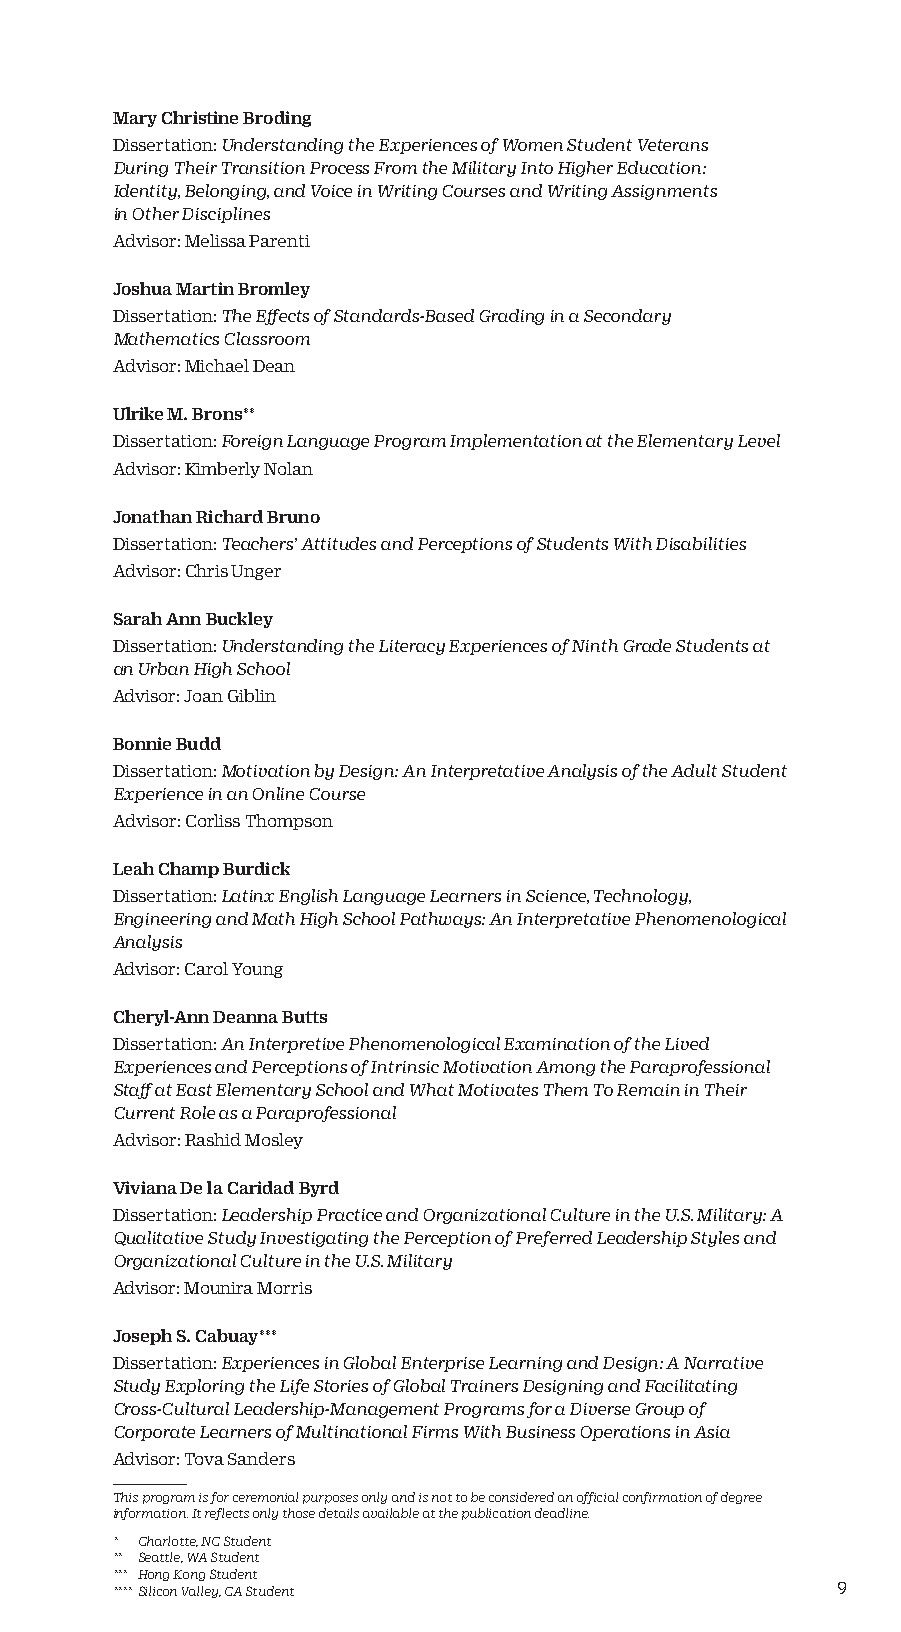
Mary Christine Broding
 Dissertation: Understanding the Experiences of Women Student Veterans
 During Their Transition Process From the Military Into Higher Education:
 Identity, Belonging, and Voice in Writing Courses and Writing Assignments
 in Other Disciplines
 Advisor: Melissa Parenti
 Joshua Martin Bromley
 Dissertation: The Effects of Standards-Based Grading in a Secondary
 Mathematics Classroom
 Advisor: Michael Dean
 Ulrike M. Brons**
 Dissertation: Foreign Language Program Implementation at the Elementary Level
 Advisor: Kimberly Nolan
 Jonathan Richard Bruno
 Dissertation: Teachers’ Attitudes and Perceptions of Students With Disabilities
 Advisor: Chris Unger
 Sarah Ann Buckley
 Dissertation: Understanding the Literacy Experiences of Ninth Grade Students at
 an Urban High School
 Advisor: Joan Giblin
 Bonnie Budd
 Dissertation: Motivation by Design: An Interpretative Analysis of the Adult Student
 Experience in an Online Course
 Advisor: Corliss Thompson
 Leah Champ Burdick
 Dissertation: Latinx English Language Learners in Science, Technology,
 Engineering and Math High School Pathways: An Interpretative Phenomenological
 Analysis
 Advisor: Carol Young
 Cheryl-Ann Deanna Butts
 Dissertation: An Interpretive Phenomenological Examination of the Lived
 Experiences and Perceptions of Intrinsic Motivation Among the Paraprofessional
 Staff at East Elementary School and What Motivates Them To Remain in Their
 Current Role as a Paraprofessional
 Advisor: Rashid Mosley
 Viviana De la Caridad Byrd
 Dissertation: Leadership Practice and Organizational Culture in the U.S. Military: A
 Qualitative Study Investigating the Perception of Preferred Leadership Styles and
 Organizational Culture in the U.S. Military
 Advisor: Mounira Morris
 Joseph S. Cabuay***
 Dissertation: Experiences in Global Enterprise Learning and Design: A Narrative
 Study Exploring the Life Stories of Global Trainers Designing and Facilitating
 Cross-Cultural Leadership-Management Programs for a Diverse Group of
 Corporate Learners of Multinational Firms With Business Operations in Asia
 Advisor: Tova Sanders
 This program is for ceremonial purposes only and is not to be considered an official confirmation of degree
 information. It reflects only those details available at the publication deadline.
 * Charlotte, NC Student
 ** Seattle, WA Student
 *** Hong Kong Student
 **** Silicon Valley, CA Student                 9